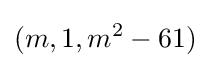
(m,1,m^{2}-61)